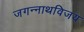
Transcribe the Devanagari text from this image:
जगन्नाथविजय